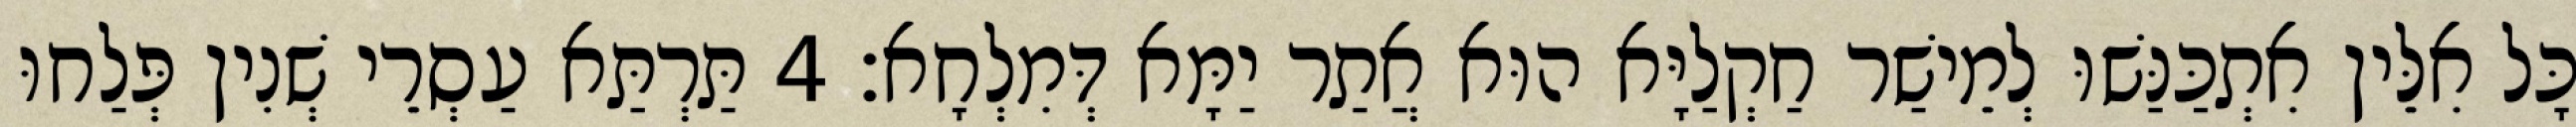
כָּל אִלֵּין אִתְכַּנַּשׁוּ לְמֵישַׁר חַקְלַיָּא הוּא אֲתַר יַמָּא דְּמִלְחָא׃ 4 תַּרְתַּא עַסְרֵי שְׁנִין פְּלַחוּ